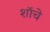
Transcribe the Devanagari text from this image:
शॉचे